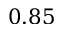
0 . 8 5